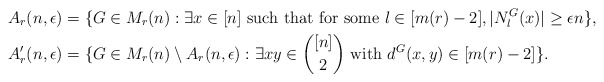
\begin{align*}A_r(n,\epsilon) &= \{ G\in M_r(n): \exists x\in [n]\textnormal{ such that for some } l\in[m(r)-2], |N^G_l(x)|\geq \epsilon n\},\\A'_r(n,\epsilon) &= \{G\in M_r(n) \setminus A_r(n,\epsilon): \exists xy\in {[n]\choose 2} \textnormal{ with } d^G(x,y) \in [m(r)-2]\}.\end{align*}